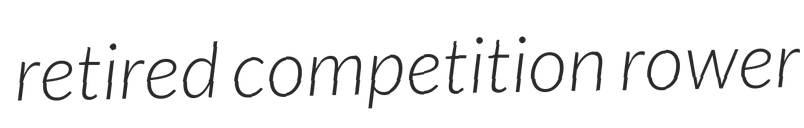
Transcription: retired competition rower